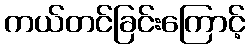
ကယ်တင်ခြင်းကြောင့်